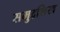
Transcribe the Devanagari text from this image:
समुद्रशिख